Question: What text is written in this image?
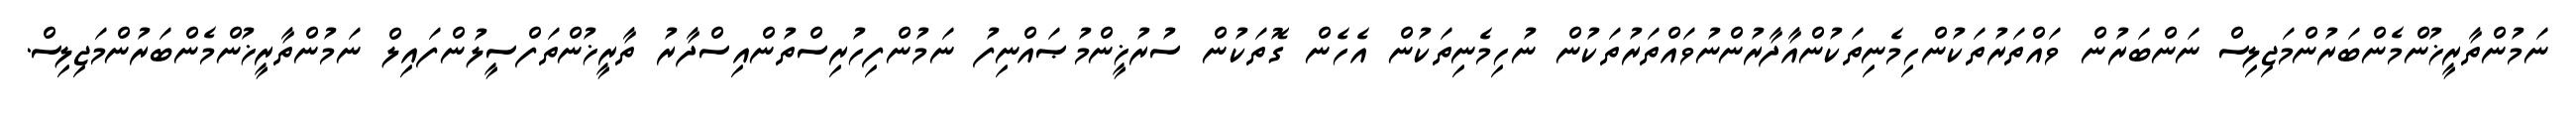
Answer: ނަމުންތާރީޚުންމެންބަރުންމަޖިލިސް ނަންބަރުން ވައްތަރުތަކުންހިމެނިތަކުންއާދާރުންނުވައްތަރުތަކުން ނުހިމެނިތަކުން އެހެން ގޮތަކުން ސުރުޚީންމުޞައްނިފު ނަމުންފިހުރިސްތުންއިސްދާރު ތާރީޚުންތަފްސީލުންފައިލް ނަމުންތާރީޚުންމެންބަރުންމަޖިލިސް.